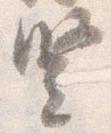
豎